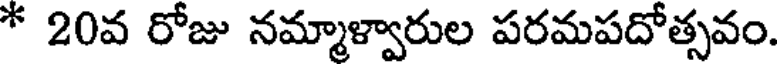
* 20వ రోజు నమ్మాళ్వారుల పరమపదోత్సవం.